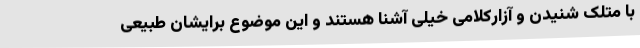
با متلک شنیدن و آزارکلامی خیلی آشنا هستند و این موضوع برایشان طبیعی